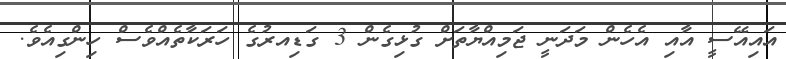
އައިއޭސީ އާއި އެހެން މަދަނީ ޖަމިއްޔާތަށް ގުޅިގެން 3 ގަޑިއރުގެ ހަރަކާތެއްވެސް ހިންގިއެވެ.